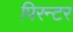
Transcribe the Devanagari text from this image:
पिरन्टर